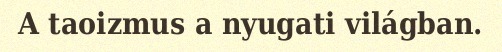
A taoizmus a nyugati világban.